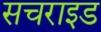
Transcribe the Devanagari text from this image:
सचराइड